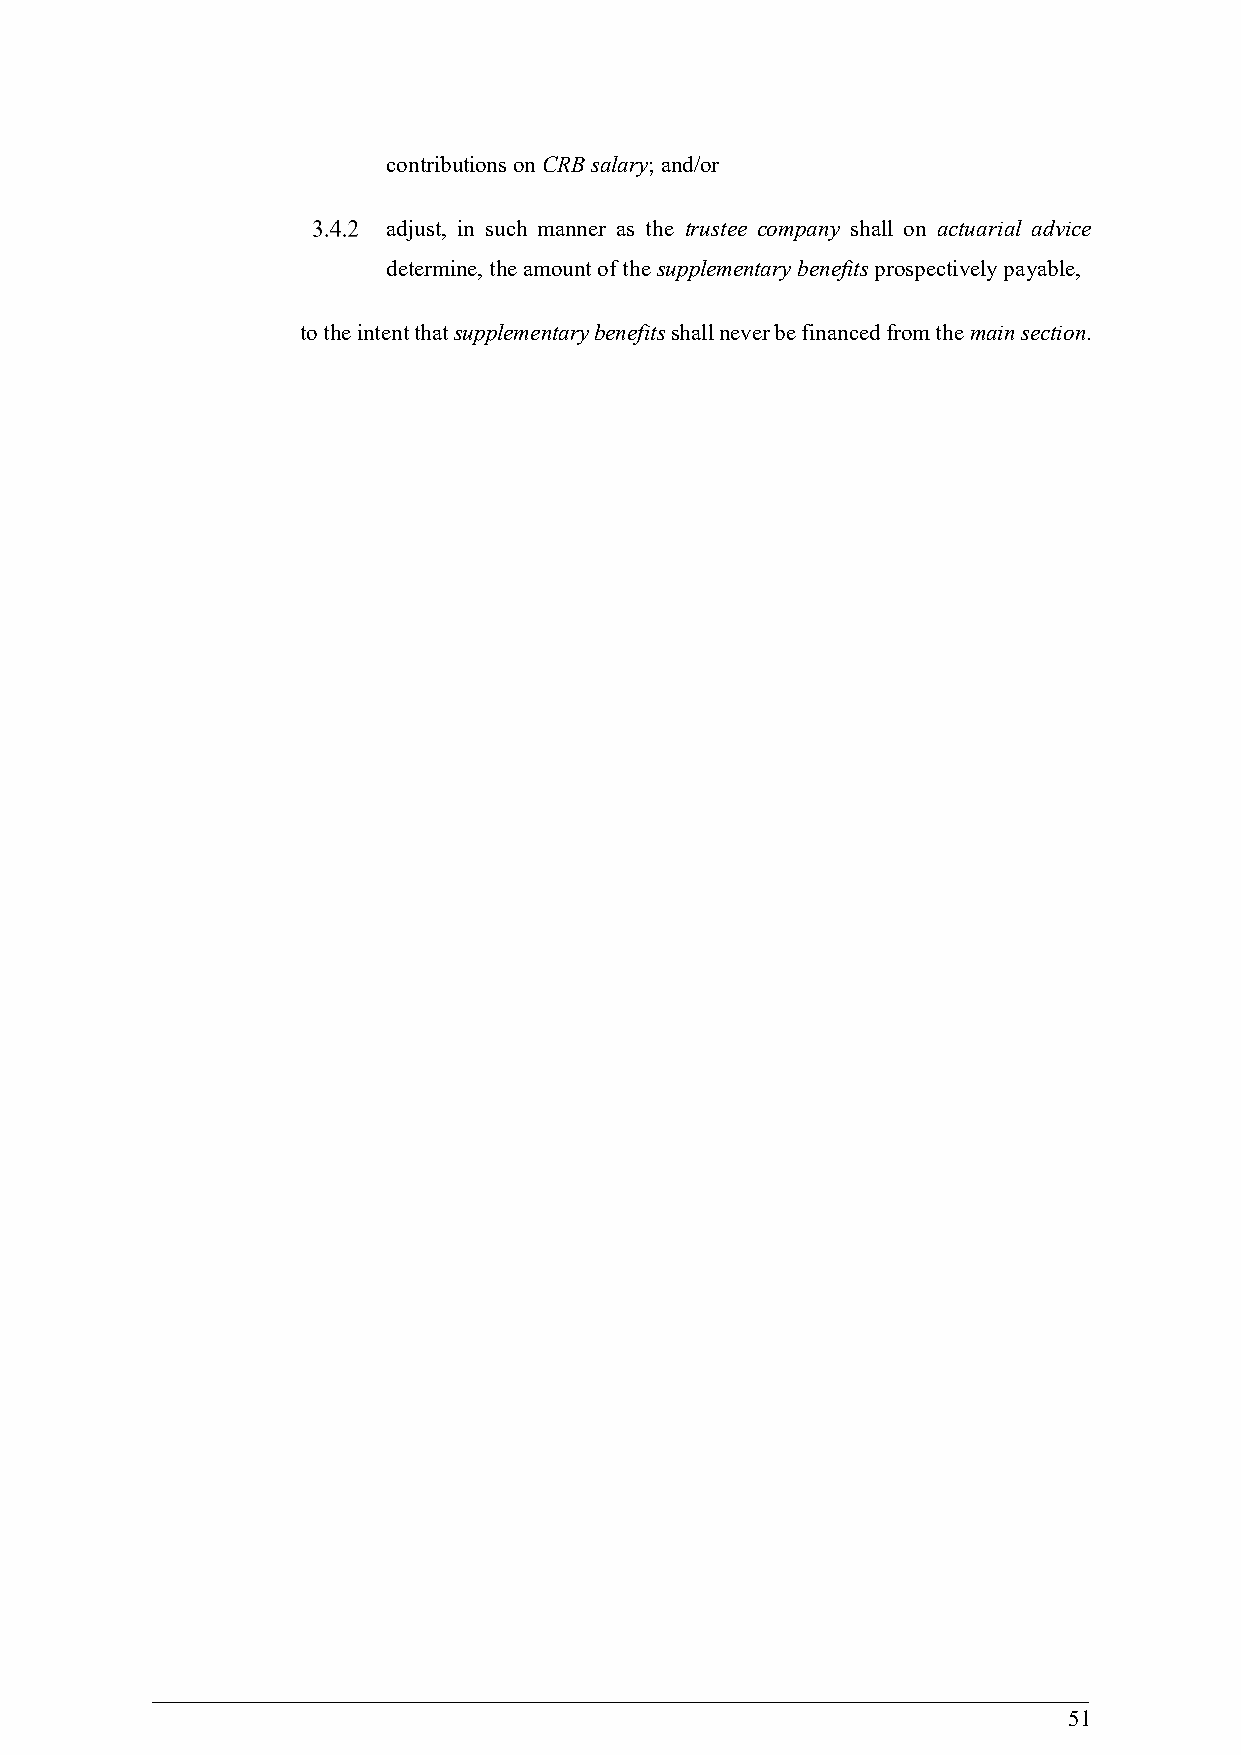
contributions on CRB salary; and/or
 adjust, in such manner as the trustee company shall on actuarial advice
 determine, the amount of the supplementary benefits prospectively payable,
 to the intent that supplementary benefits shall never be financed from the main section.
 51